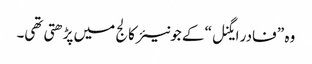
وہ ” فادر ایگنل“ کے جونیئر کالج میں پڑھتی تھی۔